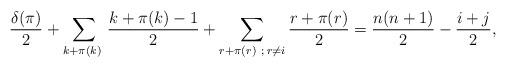
LaTeX: \begin{align*}\frac{\delta(\pi)}{2} + \sum_{k+\pi(k) \; } \frac{k+\pi(k)-1}{2} + \sum_{r+\pi(r) \; \, ; \, r\neq i} \frac{r+\pi(r)}{2} = \frac{n(n+1)}{2} - \frac{i+j}{2},\end{align*}